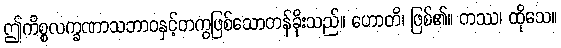
ဤကိစ္စလက္ခဏာသဘာဝနှင့်တကွဖြစ်သောတန်ခိုးသည်။ ဟောတိ၊ ဖြစ်၏။ တဿ၊ ထိုသေ။